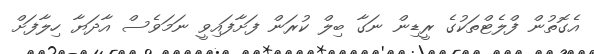
އެގޮތުން ފްލެޓްތަކުގެ ރީޑިން ނަގާ ބިލް ކުރަން ފަށާފައިވީ ނަމަވެސް އާދަޔާ ހިލާފަށް